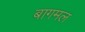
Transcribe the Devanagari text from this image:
बागमल